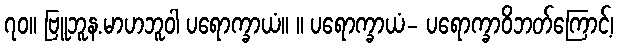
၇၀။ ဗြူဘူန.မာဟဘူဝါ ပရောက္ခာယံ။ ။ ပရောက္ခာယံ- ပရောက္ခာဝိဘတ်ကြောင့်၊